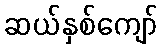
ဆယ်နှစ်ကျော်